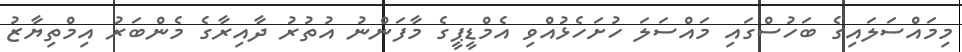
މިމައްސަލައިގެ ބަހުސްގައި މައްސަލަ ހުށަހެޅުއްވި އެމްޑީޕީގެ މާފަންނު އުތުރު ދާއިރާގެ މެންބަރު އިމްތިޔާޒު